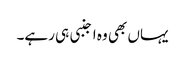
یہاں بھی وہ اجنبی ہی رہے۔